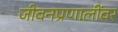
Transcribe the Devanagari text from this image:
जीवनप्रणालींवर